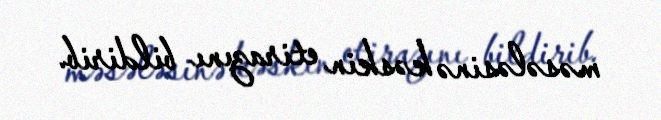
məsələsinə kəskin etirazını bildirib.